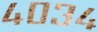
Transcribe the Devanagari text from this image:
४०३४